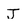
Character: J